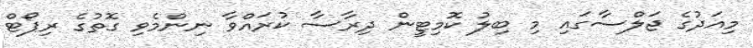
މިއަދުގެ ޖަލްސާގައި މި ބިލު ކޮމިޓީން ދިރާސާ ކުރައްވާ ނިންމެވި ގޮތުގެ ރިޕޯޓް